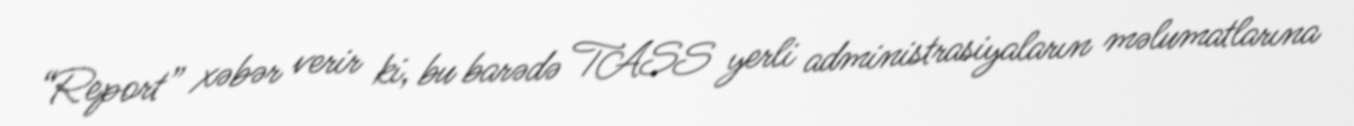
“Report” xəbər verir ki, bu barədə TASS yerli administrasiyaların məlumatlarına